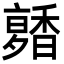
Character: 𩡑